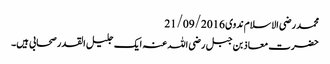
محمد رضی الاسلام ندوی 21/09/2016
حضرت معاذ بن جبل رضی اللہ عنہ ایک جلیل القدر صحابی ہیں۔